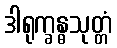
ဒါရုက္ခန္ဓသုတ္တံ